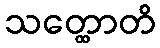
သတ္ထောတိ